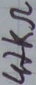
Text: 47KΩ